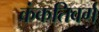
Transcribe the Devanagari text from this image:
कंकतिवर्ग